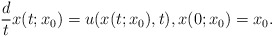
\begin{align*}\frac{d}{t}x(t;x_0)=u(x(t;x_0),t),x(0;x_0)=x_0.\end{align*}